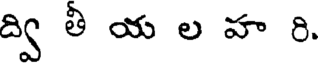
ద్వి తీ య ల హ రి.